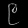
Digit: ၉